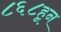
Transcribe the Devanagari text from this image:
८६८हून